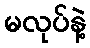
မလုပ်နဲ့